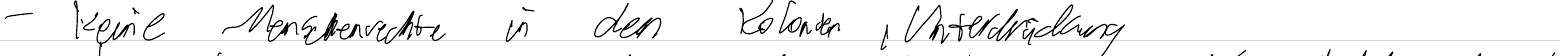
- keine Menschenrechte in den Kolonien, Unterdrückung